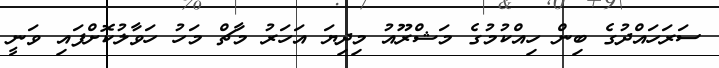
ސަރަހައްދުގެ ބިން ހިއްކުމުގެ މަޝްރޫއު މިދިޔަ އަހަރު މާޗް މަހު ހަވާލުކޮށްފައި ވަނީ